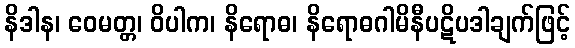
နိဒါန၊ ဝေမတ္တ၊ ဝိပါက၊ နိရောဓ၊ နိရောဓဂါမိနီပဋိပဒါချက်ဖြင့်